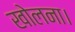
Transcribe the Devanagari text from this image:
खोलना।